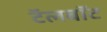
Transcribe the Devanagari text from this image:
टॅलबॉट